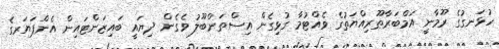
ހުޅަނގުގެ ރޫމާނީ އަމްބަރާޠޫރިއްޔަތުގެ ވެއްޓުމާ ގުޅިގެން އިސްތަންބޫލު ވެގެން ދިޔައީ ބައިޒަންޓައިން އެންޕަޔަރގެ